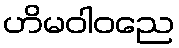
ဟိမဝါဝညေ